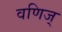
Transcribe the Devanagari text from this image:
वणिज्